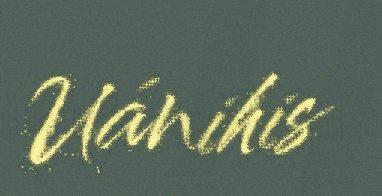
Uánihis